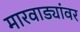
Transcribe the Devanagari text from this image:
मारवाड्यांवर